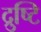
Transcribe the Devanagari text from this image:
द्रुष्टि